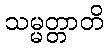
သမ္မတ္တာတိ